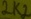
Text: 2k2